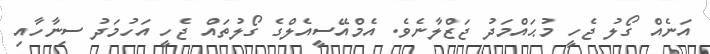
އަނެއް ގޯލު ޖެހީ މުޙައްމަދު ޖަޒްލާނެވެ. އެމްއޭސީއެލްގެ ގޯލުތައް ޖެހީ އަހުމަދު ސިނާހާއި